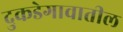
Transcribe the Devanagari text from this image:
दुकडेगावातील